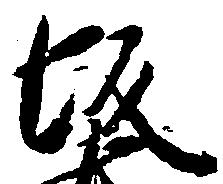
坂